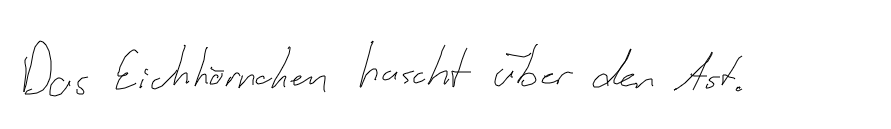
Das Eichhörnchen huscht über den Ast.